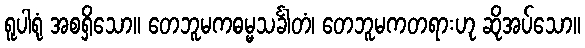
ရူပါရုံ အစရှိသော။ တေဘူမကဓမ္မသင်္ခါတံ၊ တေဘူမကတရားဟု ဆိုအပ်သော။